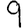
Digit: 9